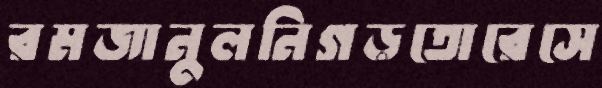
রমজানুলনিগড়তোরেসে